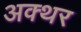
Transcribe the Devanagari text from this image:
अक्थर